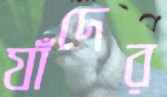
যাঁদের